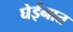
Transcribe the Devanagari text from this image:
घेईनात